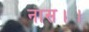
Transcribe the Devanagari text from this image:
नास।।